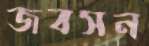
জবসন